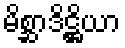
မိစ္ဆာဒိဋ္ဌိယာ